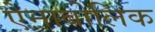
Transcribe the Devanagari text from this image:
ऐनाबोलिक